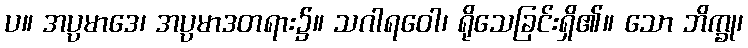
ပ။ အပ္ပမာဒေ၊ အပ္ပမာဒတရား၌။ သဂါရဝေါ၊ ရိုသေခြင်းရှိ၏။ သော ဘိက္ခု၊